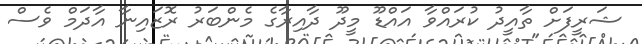
ޝަރީފަށް ތާއީދު ކުރައްވާ އައްޑޫ މީދޫ ދާއިރާގެ މެންބަރު ރޮޒައިނާ އާދަމް ވެސް